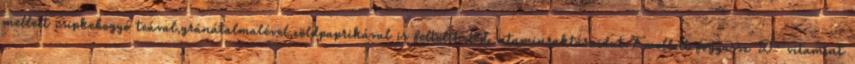
mellett csipkebogyó teával,gránátalmalével,zöldpaprikával is feltöltheted vitaminraktáraidat.Emellett fogyassz D- vitamint